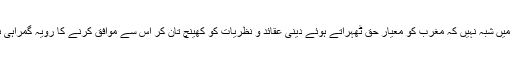
اس میں شبہ نہیں کہ مغرب کو معیارِ حق ٹھہراتے ہوئے دینی عقائد و نظریات کو کھینچ تان کر اس سے موافق کرنے کا رویہ گمراہی ہے۔